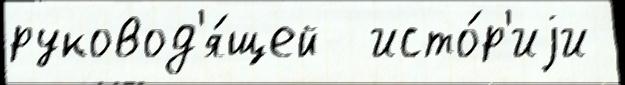
руковод'я́щей  исто́р'иjи